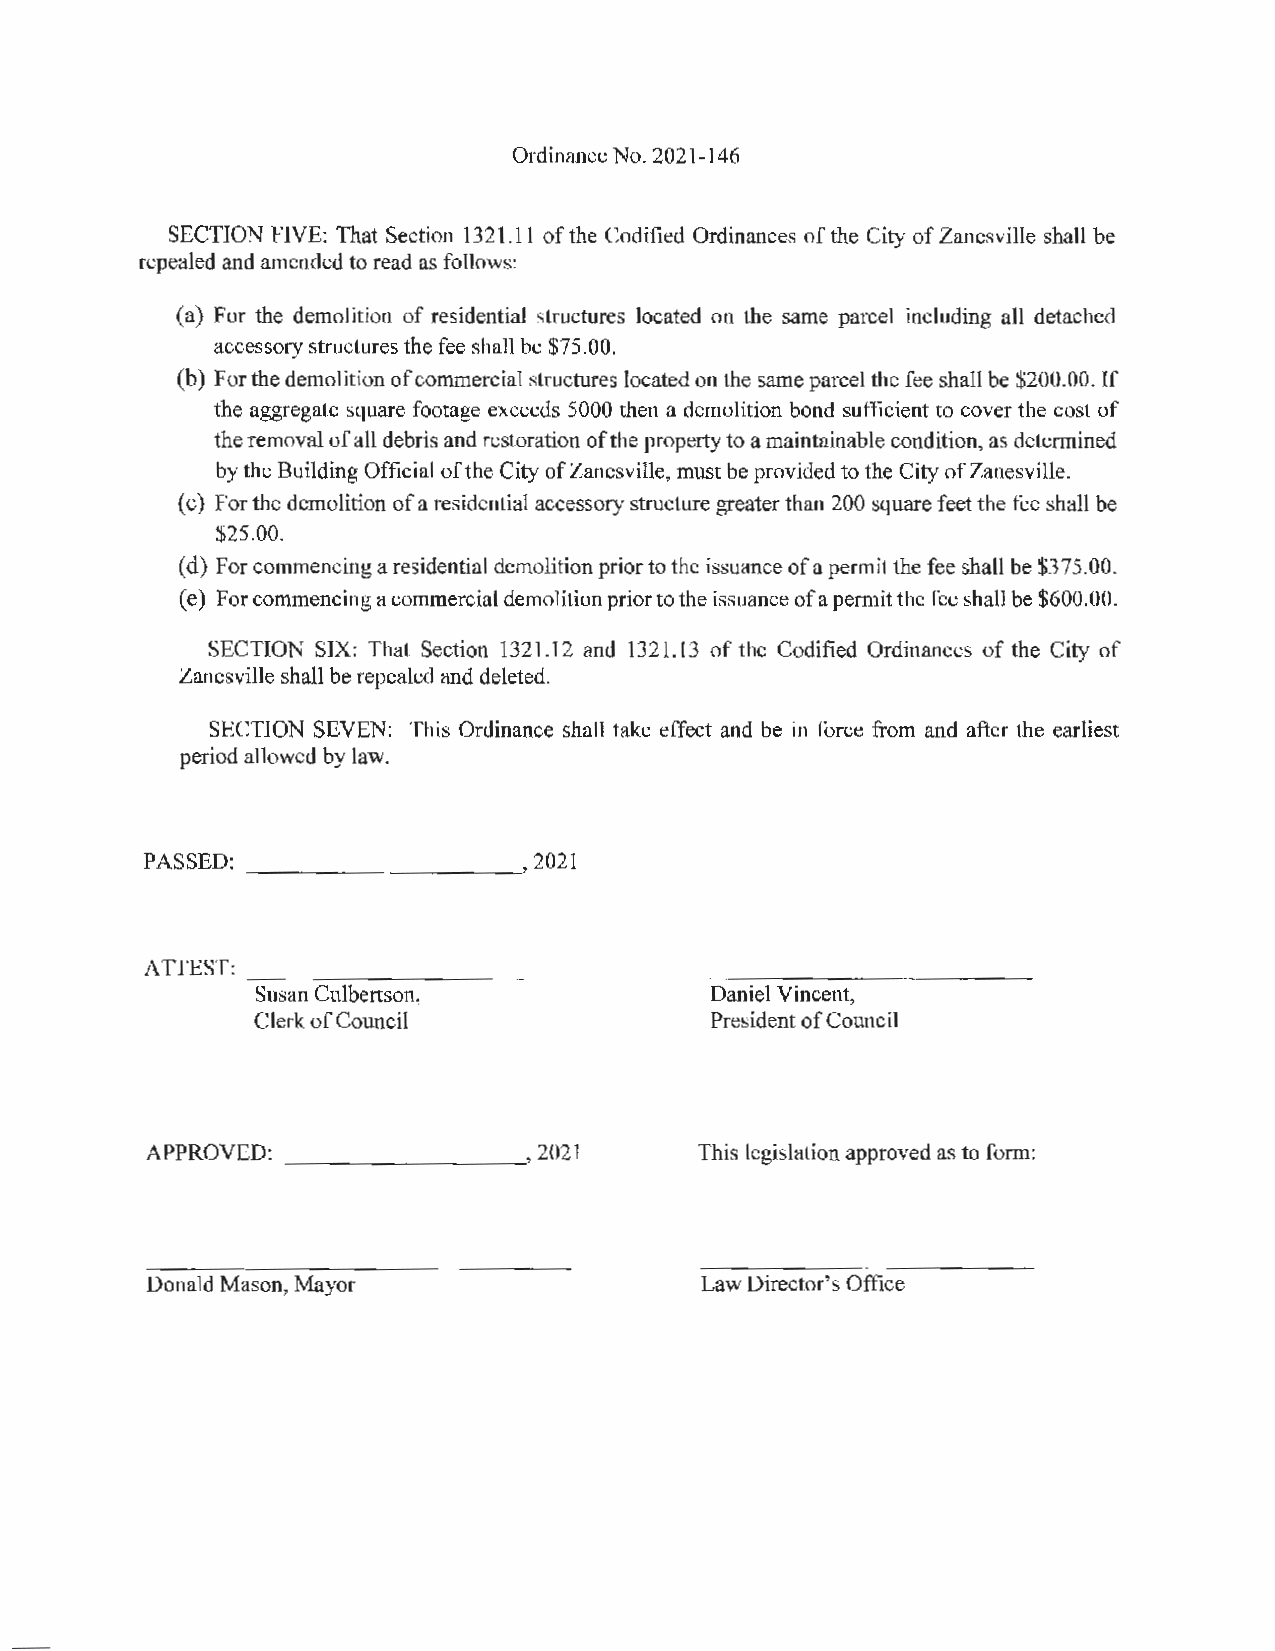
Ordinance No. 2021-146
 SECTION FIVE: That Section 1321.11 of the Codified Ordinances of the City of Zanesville shall be
 repealed and amended to read as follows:
 (a) For the demolition of residential structures located on the same parcel including all detached
 accessory structures the fee shall be $75.00.
 (b) For the demolition of commercial structures located on the same parcel the fee shall be $200.00. If
 the aggregate square footage exceeds 5000 then a demolition bond sufficient to cover the cost of
 the removal of all debris and restoration of the property to a maintainable condition, as determined
 by the Building Official of the City of Zanesville, must be provided to the City of Zanesville.
 ( c) For the demolition of a residential accessory structure greater than 200 square feet the fee shall be
 $25.00.
 (d) For commencing a residential demolition prior to the issuance of a permit the fee shall be $375.00.
 ( e) For commencing a commercial demolition prior to the issuance ofa permit the fee shall be $600.00.
 SECTION SIX: That Section 1321.12 and 1321.13 of the Codified Ordinances of the City of
 Zanesville shall be repealed and deleted.
 SECTION SEVEN: This Ordinance shall take effect and be in force from and after the earliest
 period allowed by law.
 PASSED:                   2021
 - -----   - - - -~
 ATTEST: ---- -------
 Susan Culbertson,             Daniel Vincent,
 Clerk of Council              President of Council
 APPROVED: _ _ ______    ,2021       This legislation approved as to form:
 Donald Mason, Mayor                 Law Director's Office